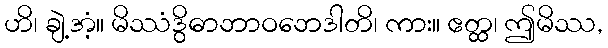
ဟိ၊ ချဲ့အံ့။ မိဿံဒွိဓာဘာဝဘေဒါတိ၊ ကား။ ဧတ္ထ၊ ဤမိဿ,